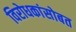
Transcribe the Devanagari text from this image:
विरोधकांसोबत